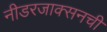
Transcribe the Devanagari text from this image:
नीडरजाक्सनची